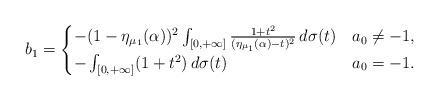
LaTeX: \begin{align*}b_{1}=\begin{cases}-(1-\eta_{\mu_{1}}(\alpha))^{2}\int_{[0,+\infty]}\frac{1+t^{2}}{(\eta_{\mu_{1}}(\alpha)-t)^{2}}\,d\sigma(t) & a_{0}\neq-1,\\-\int_{[0,+\infty]}(1+t^{2})\,d\sigma(t) & a_{0}=-1.\end{cases}\end{align*}